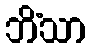
ဘိံသာ